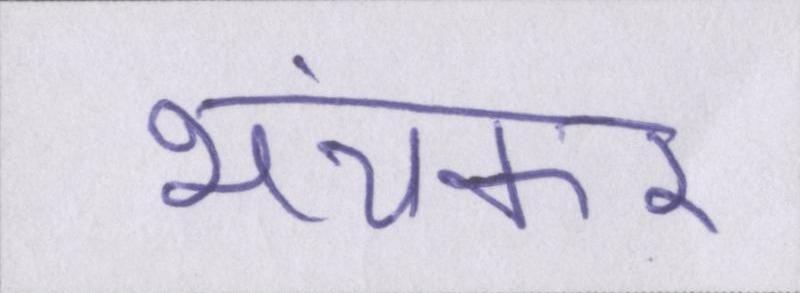
भयंकर